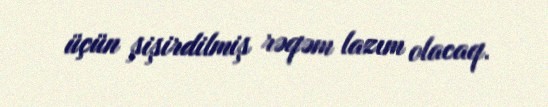
üçün şişirdilmiş rəqəm lazım olacaq.